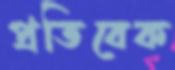
প্রতিবেক